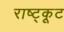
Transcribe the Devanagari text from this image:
राष्ट्कूट